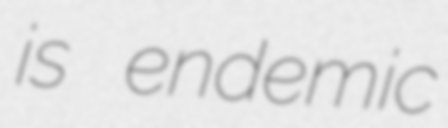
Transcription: is endemic